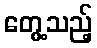
တွေ့သည့်